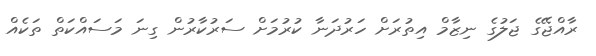
ރާއްޖޭގެ ޖަލުގެ ނިޒާމް އިތުރަށް ހަރުދަނާ ކުރުމަށް ސަރުކާރުން ގިނަ މަސައްކަތް ތަކެއް